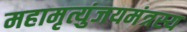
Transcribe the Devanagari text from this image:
महामृत्युंजयमंत्रस्य